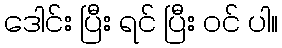
ဒေါင်း ပြီး ရင် ပြီး ဝင် ပါ။